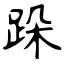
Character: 跺